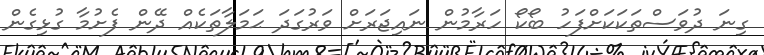
ގިނަ ދުވަސްތަކަކަށްފަހު ބޯކޯ ހަރާމުން ނައިޖަރަށް ވަރުގަދަ ޙަމަލާތަކެއް ދޭން ފެށުމާ ގުޅިގެން